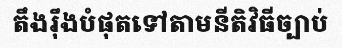
តឹងរ៉ឹងបំផុតទៅតាមនីតិវិធីច្បាប់